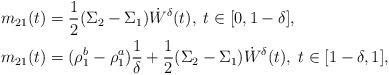
LaTeX: \begin{align*}m_{21}(t)&=\frac 12(\Sigma_2-\Sigma_1) \dot W^{\delta}(t),\; t\in [0,1-\delta],\\m_{21}(t)&=(\rho_1^b-\rho_1^a) \frac {1}{\delta}+\frac 12(\Sigma_2-\Sigma_1) \dot W^{\delta}(t),\; t\in [1-\delta, 1],\end{align*}